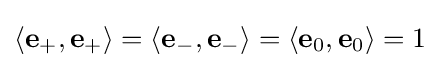
\left\langle \mathbf {e} _{+},\mathbf {e} _{+}\right\rangle =\left\langle \mathbf {e} _{-},\mathbf {e} _{-}\right\rangle =\left\langle \mathbf {e} _{0},\mathbf {e} _{0}\right\rangle =1